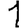
Digit: 1